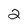
Character: 2